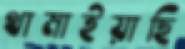
থামাইয়াছি